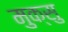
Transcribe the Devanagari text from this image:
मुक्सु